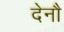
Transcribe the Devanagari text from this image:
देनौ